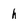
Character: h